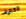
اقترف